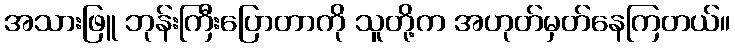
အသားဖြူ ဘုန်းကြီးပြောတာကို သူတို့က အဟုတ်မှတ်နေကြတယ်။